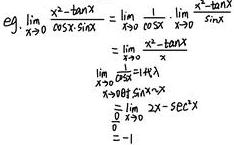
\[
\begin{align*}
\mathrm{eg.}\ \lim_{x \to 0} \frac{x^{2}-\tan x}{\cos x \sin x} &=\lim_{x \to 0} \frac{1}{\cos x} \cdot \lim_{x \to 0} \frac{x^{2}-\tan x}{\sin x}\\
&=\lim_{x \to 0} \frac{x^{2}-\tan x}{\sin x}\\
&=\lim_{x \to 0} \frac{2x-\sec^{2}x}{\cos x}\\
&\text{当}x \to 0\text{时}\\
&=\frac{0 - 1}{1}\\
&=-1
\end{align*}
\]